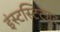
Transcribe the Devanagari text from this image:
इंस्टस्टिट्यूट